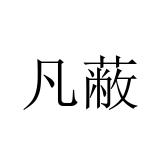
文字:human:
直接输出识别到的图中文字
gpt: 凡蔽